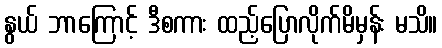
နွယ် ဘာကြောင့် ဒီစကား ထည့်ပြောလိုက်မိမှန်း မသိ။